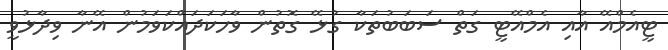
ޓީއެމްއޭ އާއި އެމްއޭޓީ ގަތް ސަބަބުތަކާ ގުޅޭ ގޮތުން ވާހަކަދައްކަވަމުން އޭނާ ވިދާޅުވީ